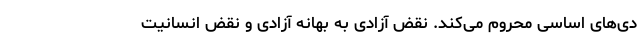
دی‌های اساسی محروم می‌کند. نقض آزادی به بهانه آزادی و نقض انسانیت